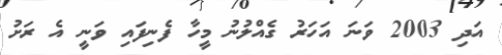
އަދި 2003 ވަނަ އަހަރު ގެއްލުނު މީހާ ފެނިފައި ވަނީ އެ ރަށު